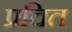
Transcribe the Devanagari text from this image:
प्रचित